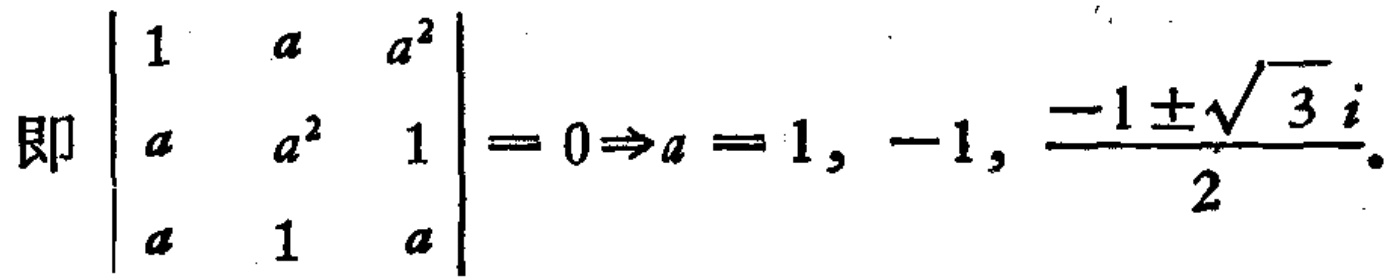
即$\begin{vmatrix}
1&a&a^{2}\\
a&a^{2}&1\\
a&1&a
\end{vmatrix}=0\Rightarrow a = 1, -1, \frac{-1\pm\sqrt{3}i}{2}.$